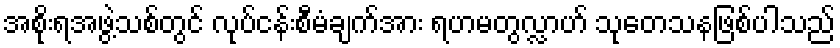
အစိုးရအဖွဲ့သစ်တွင် လုပ်ငန်းစီမံချက်အား ရဟမတွလ္လာဟ် သုတေသနဖြစ်ပါသည်